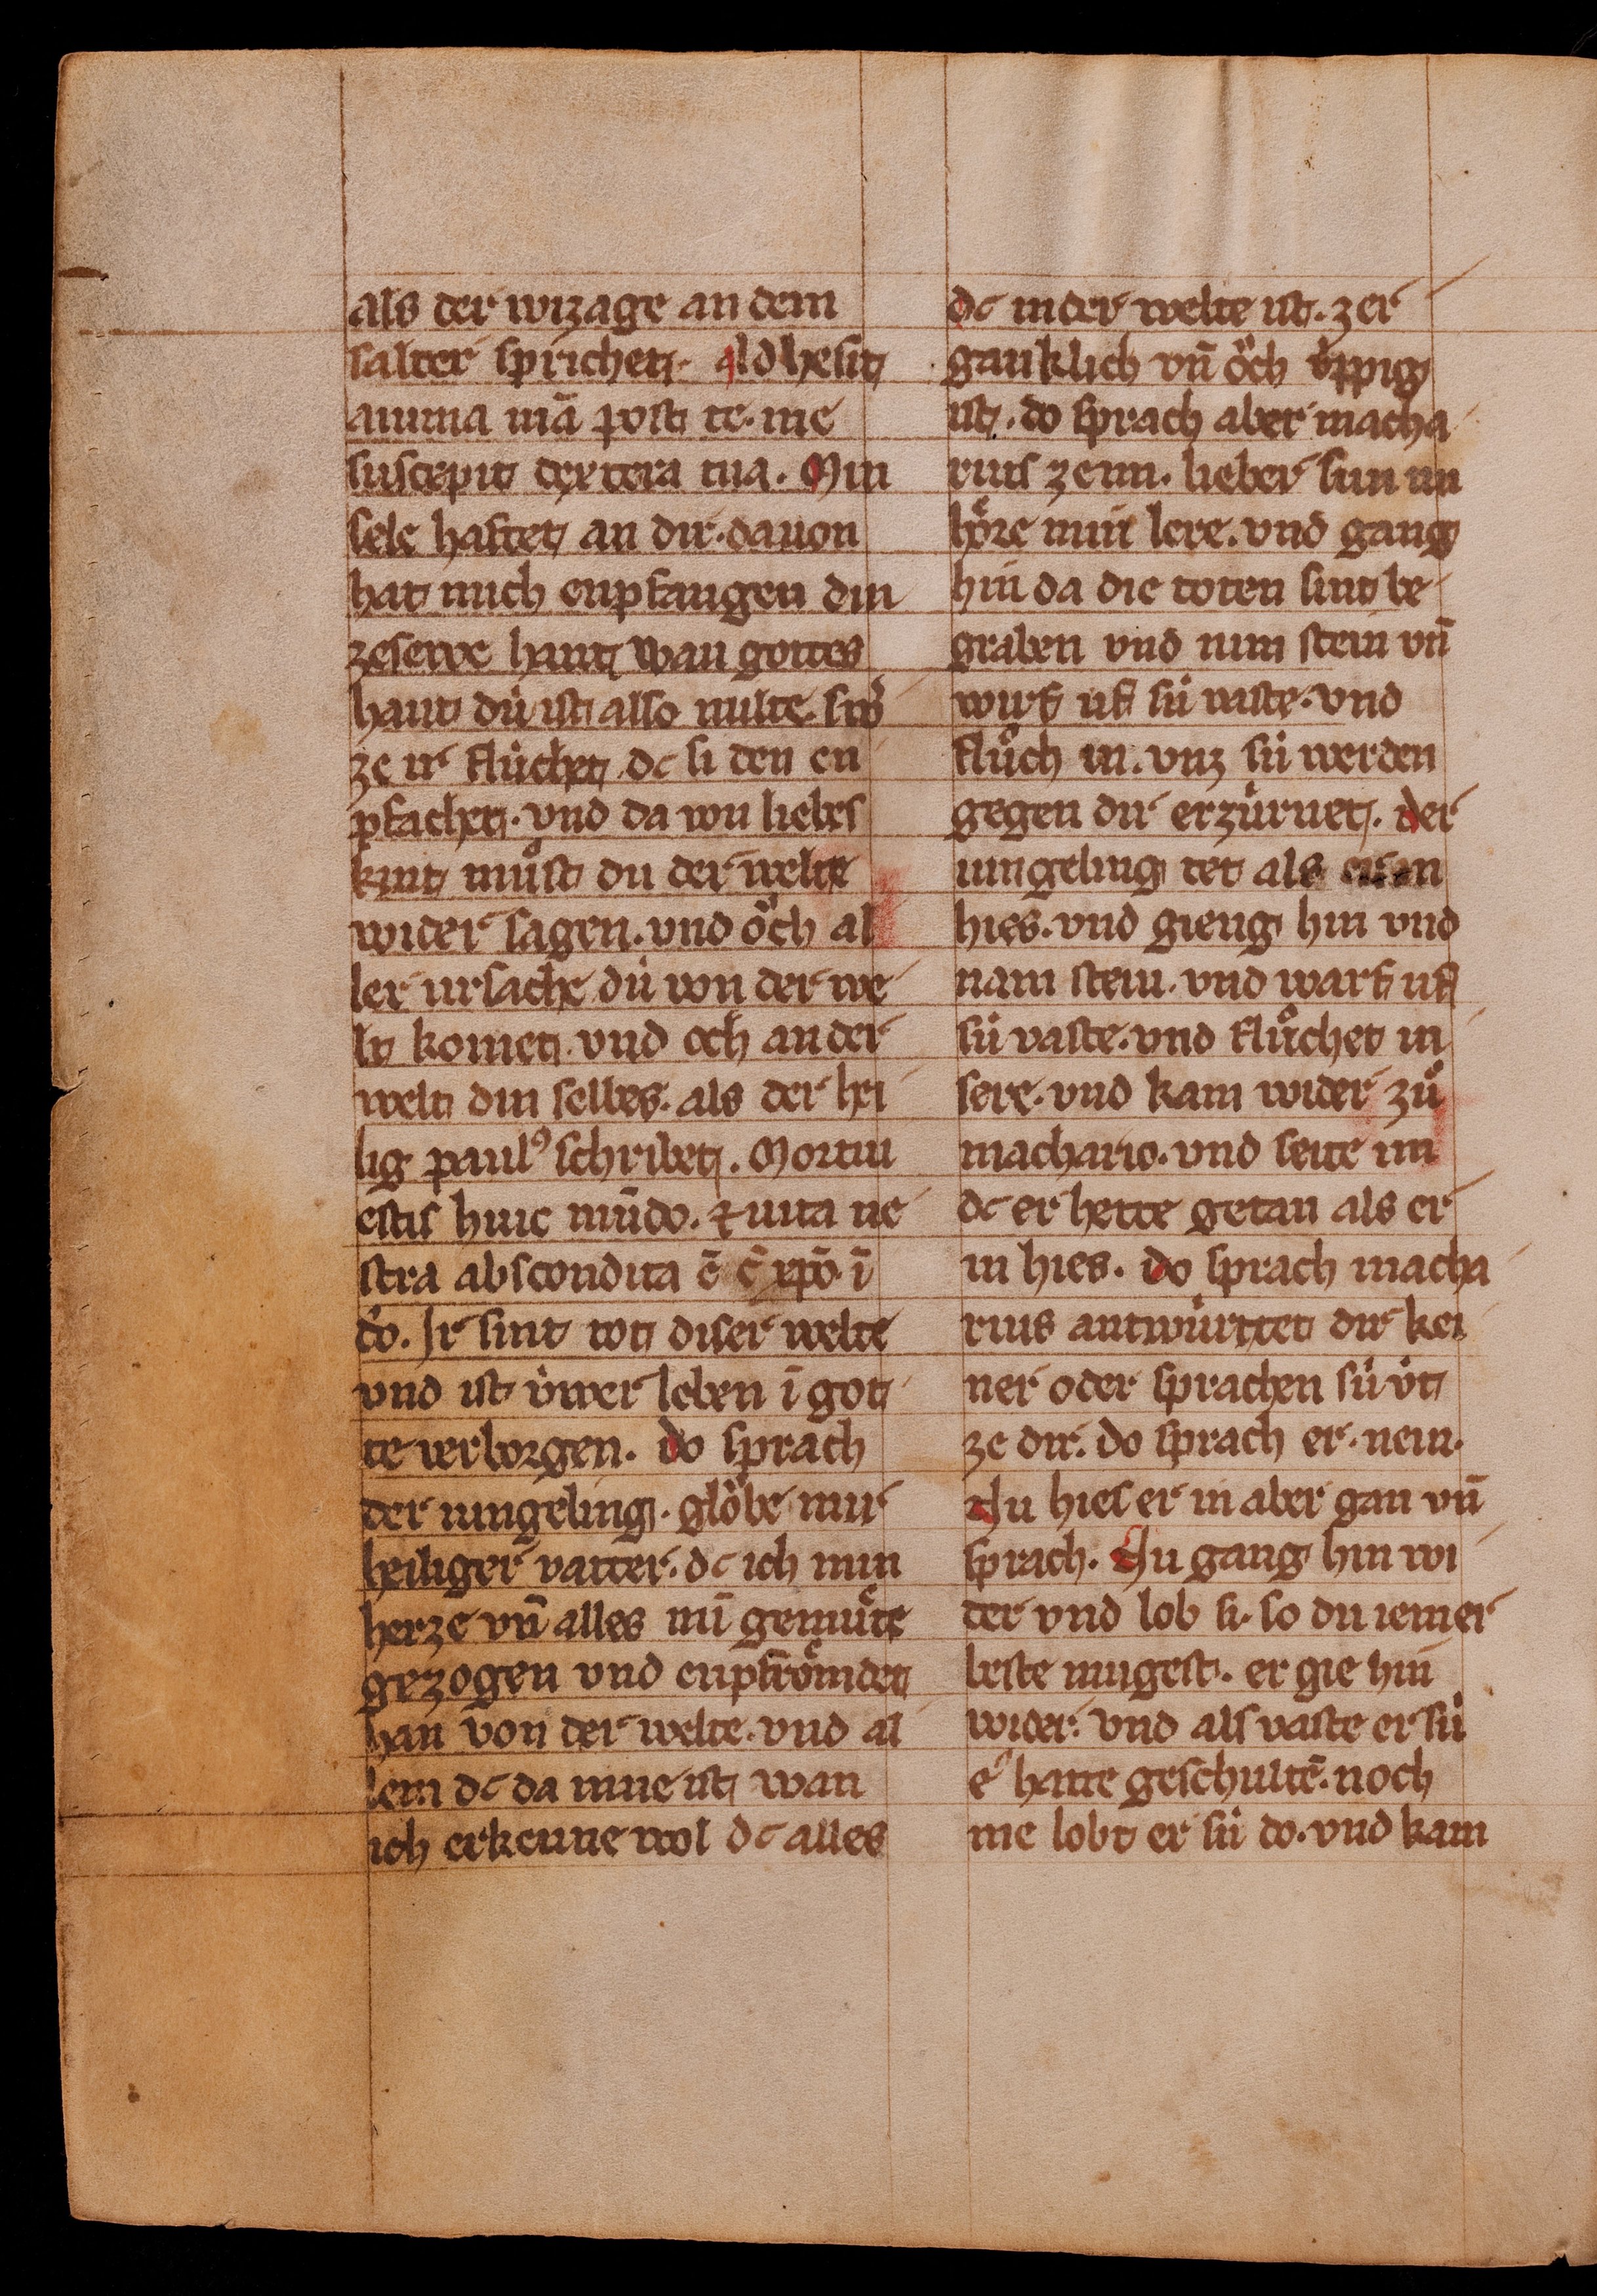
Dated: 1350–1374